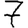
Digit: 7